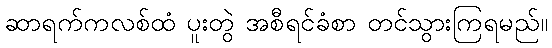
ဆာရက်ကလစ်ထံ ပူးတွဲ အစီရင်ခံစာ တင်သွားကြရမည်။